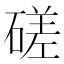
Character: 磋